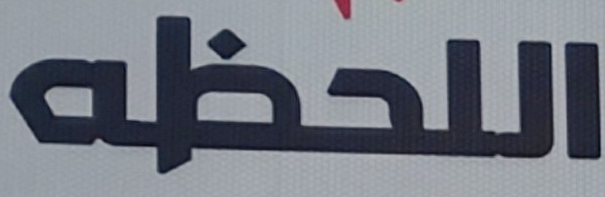
اللحظه